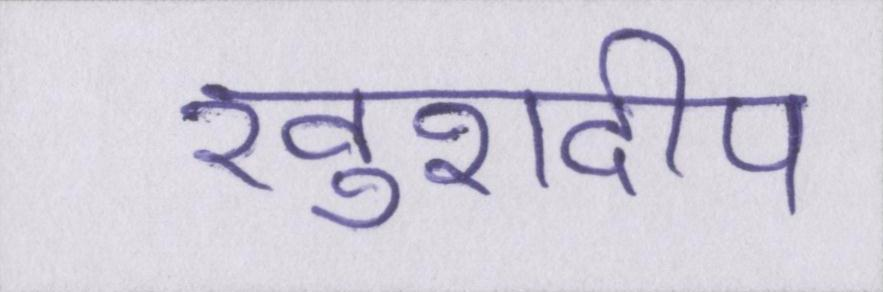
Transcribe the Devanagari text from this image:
खुशदीप